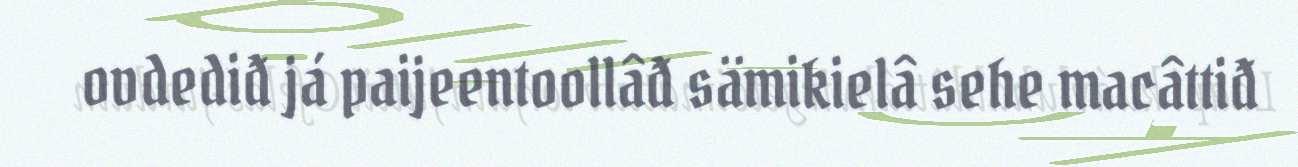
ovdediđ já paijeentoollâđ sämikielâ sehe macâttiđ